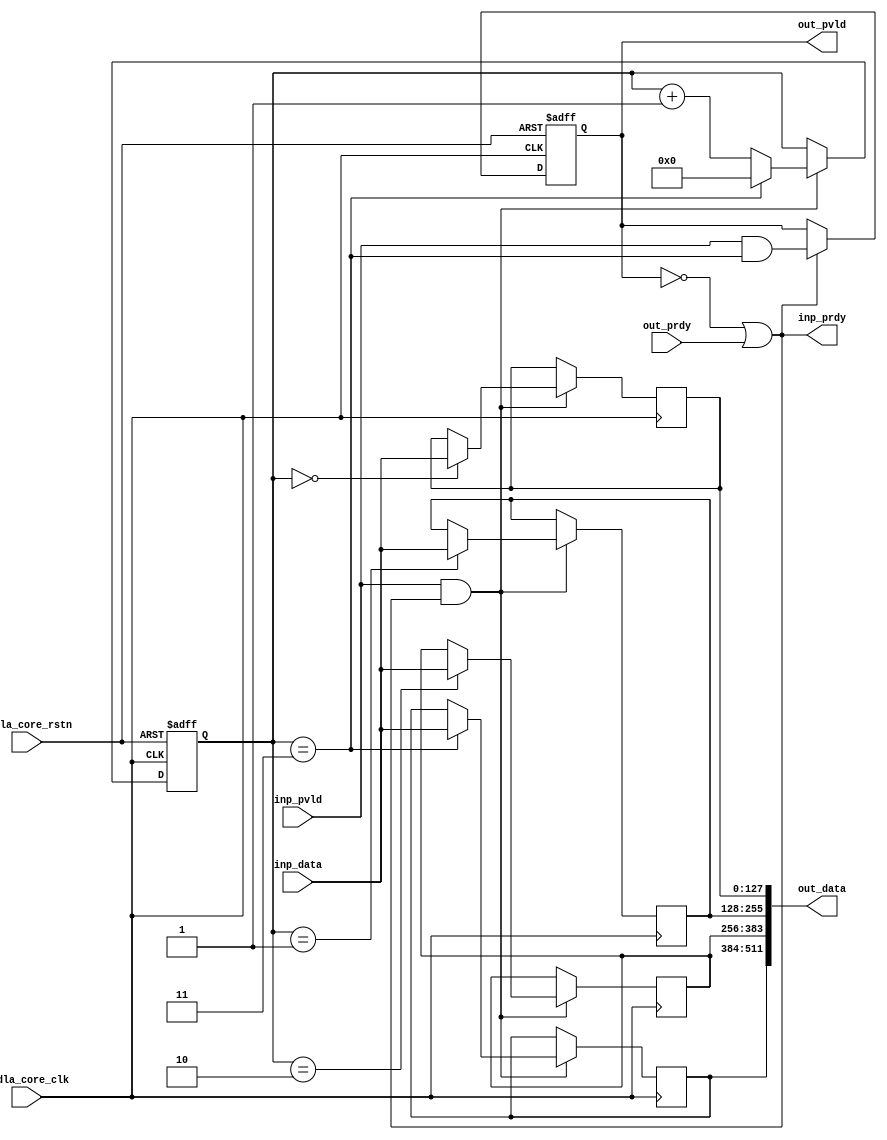
module NV_NVDLA_SDP_CORE_unpack (
   nvdla_core_clk
  ,nvdla_core_rstn
  ,inp_pvld
  ,inp_data
  ,inp_prdy
  ,out_pvld
  ,out_data
  ,out_prdy
);
parameter IW = 128;
parameter OW = 512;
parameter RATIO = OW/IW;
input nvdla_core_clk;
input nvdla_core_rstn;
input inp_pvld;
output inp_prdy;
input [IW-1:0] inp_data;
output out_pvld;
input out_prdy;
output [OW-1:0] out_data;
reg [3:0] pack_cnt;
reg pack_pvld;
wire pack_prdy;
wire inp_acc;
wire is_pack_last;
reg [IW-1:0] pack_seg0;
reg [IW-1:0] pack_seg1;
reg [IW-1:0] pack_seg2;
reg [IW-1:0] pack_seg3;
reg [IW-1:0] pack_seg4;
reg [IW-1:0] pack_seg5;
reg [IW-1:0] pack_seg6;
reg [IW-1:0] pack_seg7;
reg [IW-1:0] pack_seg8;
reg [IW-1:0] pack_seg9;
reg [IW-1:0] pack_sega;
reg [IW-1:0] pack_segb;
reg [IW-1:0] pack_segc;
reg [IW-1:0] pack_segd;
reg [IW-1:0] pack_sege;
reg [IW-1:0] pack_segf;
wire [16*IW-1:0] pack_total;
assign pack_prdy = out_prdy;
assign out_pvld = pack_pvld;
assign inp_prdy = (!pack_pvld) | pack_prdy ;
always @(posedge nvdla_core_clk or negedge nvdla_core_rstn) begin
  if (!nvdla_core_rstn) begin
    pack_pvld <= 1'b0;
  end
  else if ((inp_prdy) == 1'b1) begin
    pack_pvld <= inp_pvld & is_pack_last;
  end
end
assign inp_acc = inp_pvld & inp_prdy;
always @(posedge nvdla_core_clk or negedge nvdla_core_rstn) begin
  if (!nvdla_core_rstn) begin
    pack_cnt <= {4{1'b0}};
  end else begin
    if (inp_acc) begin
        if (is_pack_last) begin
            pack_cnt <= 0;
        end else begin
            pack_cnt <= pack_cnt + 1;
        end
    end
  end
end
assign is_pack_last = (pack_cnt==RATIO-1);
generate
if(RATIO == 1) begin : RATIO1
always @(posedge nvdla_core_clk) begin
  if (inp_acc) begin
    pack_seg0 <= inp_data;
  end
end
assign out_data = pack_seg0;
end
else if(RATIO == 2) begin : RATIO2
always @(posedge nvdla_core_clk) begin
  if (inp_acc) begin
    if (pack_cnt==4'h0) pack_seg0 <= inp_data;
    if (pack_cnt==4'h1) pack_seg1 <= inp_data;
  end
end
assign out_data = {pack_seg1 , pack_seg0};
end
else if(RATIO == 4) begin : RATIO4
always @(posedge nvdla_core_clk) begin
  if (inp_acc) begin
    if (pack_cnt==4'h0) pack_seg0 <= inp_data;
    if (pack_cnt==4'h1) pack_seg1 <= inp_data;
    if (pack_cnt==4'h2) pack_seg2 <= inp_data;
    if (pack_cnt==4'h3) pack_seg3 <= inp_data;
  end
end
assign out_data = {pack_seg3 , pack_seg2 , pack_seg1 , pack_seg0};
end
else if (RATIO == 8) begin : RATIO8
always @(posedge nvdla_core_clk) begin
  if (inp_acc) begin
    if (pack_cnt==4'h0) pack_seg0 <= inp_data;
    if (pack_cnt==4'h1) pack_seg1 <= inp_data;
    if (pack_cnt==4'h2) pack_seg2 <= inp_data;
    if (pack_cnt==4'h3) pack_seg3 <= inp_data;
    if (pack_cnt==4'h4) pack_seg4 <= inp_data;
    if (pack_cnt==4'h5) pack_seg5 <= inp_data;
    if (pack_cnt==4'h6) pack_seg6 <= inp_data;
    if (pack_cnt==4'h7) pack_seg7 <= inp_data;
  end
end
assign out_data = {pack_seg7 , pack_seg6 , pack_seg5 , pack_seg4,
                    pack_seg3 , pack_seg2 , pack_seg1 , pack_seg0};
end
else if (RATIO == 16) begin : RATIO16
always @(posedge nvdla_core_clk) begin
  if (inp_acc) begin
    if (pack_cnt==4'h0) pack_seg0 <= inp_data;
    if (pack_cnt==4'h1) pack_seg1 <= inp_data;
    if (pack_cnt==4'h2) pack_seg2 <= inp_data;
    if (pack_cnt==4'h3) pack_seg3 <= inp_data;
    if (pack_cnt==4'h4) pack_seg4 <= inp_data;
    if (pack_cnt==4'h5) pack_seg5 <= inp_data;
    if (pack_cnt==4'h6) pack_seg6 <= inp_data;
    if (pack_cnt==4'h7) pack_seg7 <= inp_data;
    if (pack_cnt==4'h8) pack_seg8 <= inp_data;
    if (pack_cnt==4'h9) pack_seg9 <= inp_data;
    if (pack_cnt==4'ha) pack_sega <= inp_data;
    if (pack_cnt==4'hb) pack_segb <= inp_data;
    if (pack_cnt==4'hc) pack_segc <= inp_data;
    if (pack_cnt==4'hd) pack_segd <= inp_data;
    if (pack_cnt==4'he) pack_sege <= inp_data;
    if (pack_cnt==4'hf) pack_segf <= inp_data;
  end
end
assign out_data = {pack_segf , pack_sege , pack_segd , pack_segc,
                    pack_segb , pack_sega , pack_seg9 , pack_seg8,
                    pack_seg7 , pack_seg6 , pack_seg5 , pack_seg4,
                    pack_seg3 , pack_seg2 , pack_seg1 , pack_seg0};
end
endgenerate
endmodule